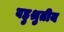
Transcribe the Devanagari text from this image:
बहुश्रुतीय